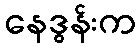
နေဒွန်းက